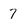
Character: 7